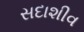
સદાશીવ